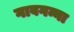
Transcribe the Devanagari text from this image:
गावगन्ना